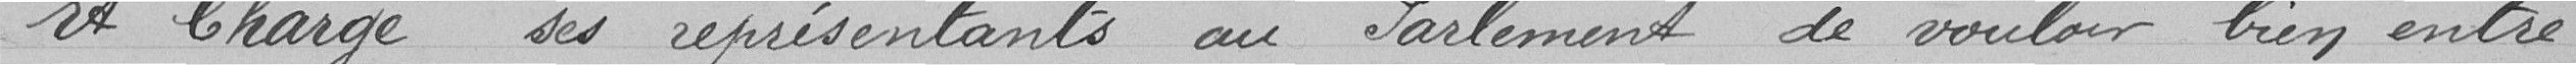
Et charge ses représentants au Parlement de vouloir bien entre-